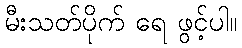
မီးသတ်ပိုက် ရေ ဖွင့်ပါ။